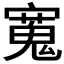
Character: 𫴒